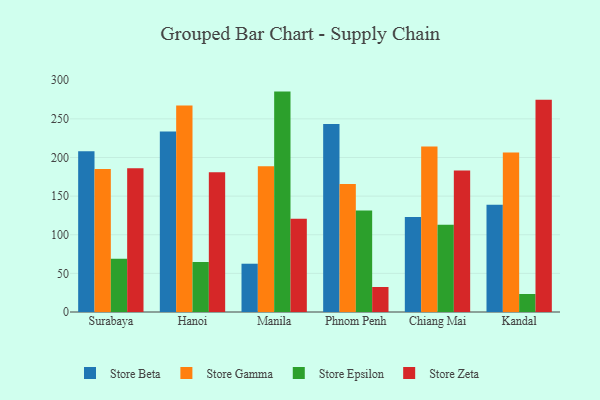
{"axis": {"x": "City", "y": "Backlog"}, "legend": ["Store Beta", "Store Epsilon", "Store Gamma", "Store Zeta"], "data": [{"x": "Surabaya", "y": 208.0, "type": "Store Beta"}, {"x": "Surabaya", "y": 185.0, "type": "Store Gamma"}, {"x": "Surabaya", "y": 69.0, "type": "Store Epsilon"}, {"x": "Surabaya", "y": 186.2, "type": "Store Zeta"}, {"x": "Hanoi", "y": 233.6, "type": "Store Beta"}, {"x": "Hanoi", "y": 267.2, "type": "Store Gamma"}, {"x": "Hanoi", "y": 64.7, "type": "Store Epsilon"}, {"x": "Hanoi", "y": 180.9, "type": "Store Zeta"}, {"x": "Manila", "y": 62.5, "type": "Store Beta"}, {"x": "Manila", "y": 188.8, "type": "Store Gamma"}, {"x": "Manila", "y": 285.3, "type": "Store Epsilon"}, {"x": "Manila", "y": 120.7, "type": "Store Zeta"}, {"x": "Phnom Penh", "y": 243.2, "type": "Store Beta"}, {"x": "Phnom Penh", "y": 165.6, "type": "Store Gamma"}, {"x": "Phnom Penh", "y": 131.4, "type": "Store Epsilon"}, {"x": "Phnom Penh", "y": 32.4, "type": "Store Zeta"}, {"x": "Chiang Mai", "y": 123.1, "type": "Store Beta"}, {"x": "Chiang Mai", "y": 214.1, "type": "Store Gamma"}, {"x": "Chiang Mai", "y": 112.8, "type": "Store Epsilon"}, {"x": "Chiang Mai", "y": 183.2, "type": "Store Zeta"}, {"x": "Kandal", "y": 138.8, "type": "Store Beta"}, {"x": "Kandal", "y": 206.5, "type": "Store Gamma"}, {"x": "Kandal", "y": 23.3, "type": "Store Epsilon"}, {"x": "Kandal", "y": 274.7, "type": "Store Zeta"}]}